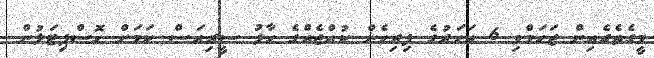
މީގެތެރެއިން ޒަހަމްވި 6 އަހަރުގެ ފިރިހެން ކުއްޖެއްގެ ހާލު ސީރިއަސް ކަމަށް ހޮސްޕިޓަލުން